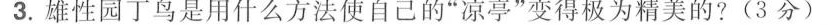
3.雄性园丁鸟是用什么方法使自己的”凉亭”变得极为精美的?(3分)